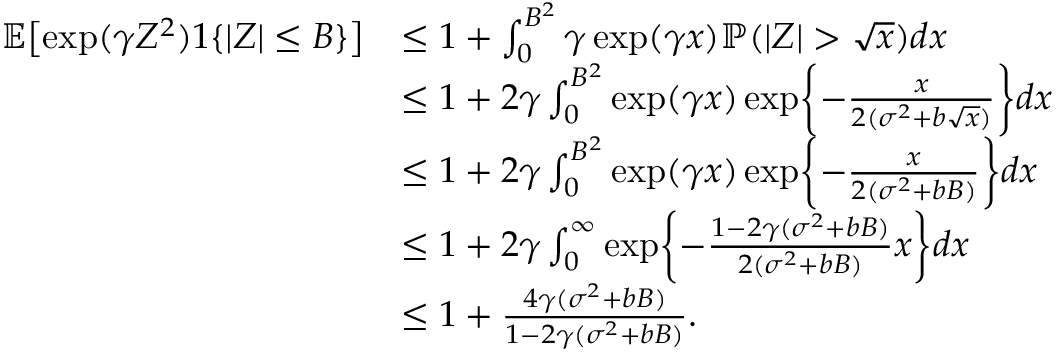
\begin{array} { r l } { \mathbb { E } \bigl [ \exp ( \gamma Z ^ { 2 } ) 1 \{ | Z | \leq B \} \bigr ] } & { \leq 1 + \int _ { 0 } ^ { B ^ { 2 } } \gamma \exp ( \gamma x ) \mathbb { P } ( | Z | > \sqrt { x } ) d x } \\ & { \leq 1 + 2 \gamma \int _ { 0 } ^ { B ^ { 2 } } \exp ( \gamma x ) \exp \biggl \{ - \frac { x } { 2 ( \sigma ^ { 2 } + b \sqrt { x } ) } \biggr \} d x } \\ & { \leq 1 + 2 \gamma \int _ { 0 } ^ { B ^ { 2 } } \exp ( \gamma x ) \exp \biggl \{ - \frac { x } { 2 ( \sigma ^ { 2 } + b B ) } \biggr \} d x } \\ & { \leq 1 + 2 \gamma \int _ { 0 } ^ { \infty } \exp \biggl \{ - \frac { 1 - 2 \gamma ( \sigma ^ { 2 } + b B ) } { 2 ( \sigma ^ { 2 } + b B ) } x \biggr \} d x } \\ & { \leq 1 + \frac { 4 \gamma ( \sigma ^ { 2 } + b B ) } { 1 - 2 \gamma ( \sigma ^ { 2 } + b B ) } . } \end{array}